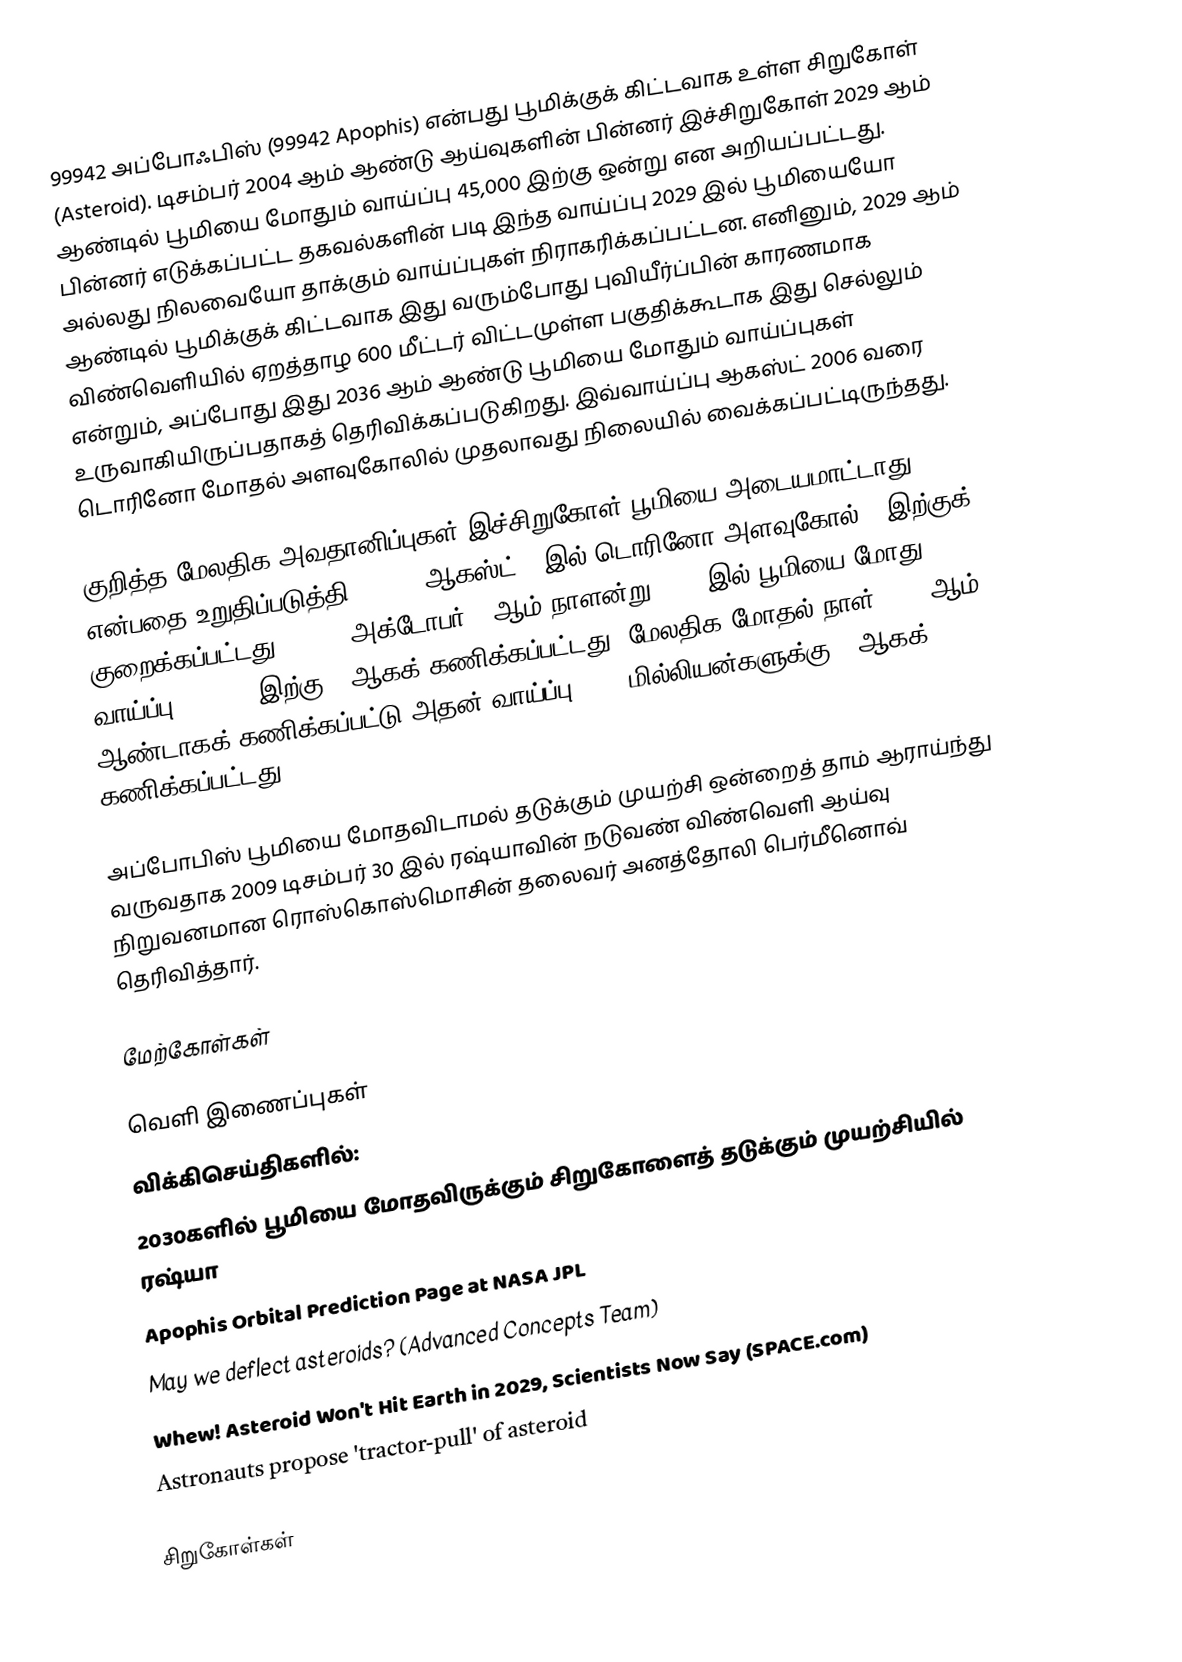
99942 அப்போஃபிஸ் (99942 Apophis) என்பது பூமிக்குக் கிட்டவாக உள்ள சிறுகோள் (Asteroid). டிசம்பர் 2004 ஆம் ஆண்டு ஆய்வுகளின் பின்னர் இச்சிறுகோள் 2029 ஆம் ஆண்டில் பூமியை மோதும் வாய்ப்பு 45,000 இற்கு ஒன்று என அறியப்பட்டது. பின்னர் எடுக்கப்பட்ட தகவல்களின் படி இந்த வாய்ப்பு 2029 இல் பூமியையோ அல்லது நிலவையோ தாக்கும் வாய்ப்புகள் நிராகரிக்கப்பட்டன. எனினும், 2029 ஆம் ஆண்டில் பூமிக்குக் கிட்டவாக இது வரும்போது புவியீர்ப்பின் காரணமாக விண்வெளியில் ஏறத்தாழ 600 மீட்டர் விட்டமுள்ள பகுதிக்கூடாக இது செல்லும் என்றும், அப்போது இது 2036 ஆம் ஆண்டு பூமியை மோதும் வாய்ப்புகள் உருவாகியிருப்பதாகத் தெரிவிக்கப்படுகிறது. இவ்வாய்ப்பு ஆகஸ்ட் 2006 வரை டொரினோ மோதல் அளவுகோலில் முதலாவது நிலையில் வைக்கப்பட்டிருந்தது.

குறித்த மேலதிக அவதானிப்புகள் இச்சிறுகோள் பூமியை அடையமாட்டாது என்பதை உறுதிப்படுத்தி, 2006, ஆகஸ்ட் 5 இல் டொரினோ அளவுகோல் 0 இற்குக் குறைக்கப்பட்டது. 2009, அக்டோபர் 7 ஆம் நாளன்று 2036 இல் பூமியை மோது வாய்ப்பு 250,000 இற்கு 1 ஆகக் கணிக்கப்பட்டது. மேலதிக மோதல் நாள் 2037 ஆம் ஆண்டாகக் கணிக்கப்பட்டு அதன் வாய்ப்பு 12.3 மில்லியன்களுக்கு 1 ஆகக் கணிக்கப்பட்டது.

அப்போபிஸ் பூமியை மோதவிடாமல் தடுக்கும் முயற்சி ஒன்றைத் தாம் ஆராய்ந்து வருவதாக 2009 டிசம்பர் 30 இல் ரஷ்யாவின் நடுவண் விண்வெளி ஆய்வு நிறுவனமான ரொஸ்கொஸ்மொசின் தலைவர் அனத்தோலி பெர்மீனொவ் தெரிவித்தார்.

மேற்கோள்கள்

வெளி இணைப்புகள்
 விக்கிசெய்திகளில்:
 2030களில் பூமியை மோதவிருக்கும் சிறுகோளைத் தடுக்கும் முயற்சியில் ரஷ்யா
 Apophis Orbital Prediction Page at NASA JPL
 May we deflect asteroids? (Advanced Concepts Team)
 Whew! Asteroid Won't Hit Earth in 2029, Scientists Now Say (SPACE.com)
 Astronauts propose 'tractor-pull' of asteroid

சிறுகோள்கள்